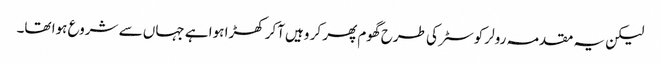
لیکن یہ مقدمہ رولر کوسٹر کی طرح گھوم پھر کر وہیں آکر کھڑا ہوا ہے جہاں سے شروع ہوا تھا۔